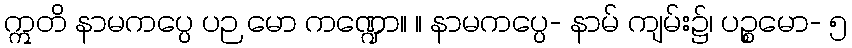
ဣတိ နာမကပ္ပေ ပဉ မော ကဏ္ဍော။ ။ နာမကပ္ပေ- နာမ် ကျမ်း၌၊ ပဉ္စမော- ၅